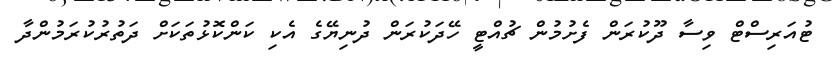
ޓުއަރިސްޓް ވިސާ ދޫކުރަން ފެށުމުން ޗުއްޓީ ހޭދަކުރަން ދުނިޔޭގެ އެކި ކަންކޮޅުތަކަށް ދަތުރުކުރަމުންދާ